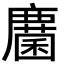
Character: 𢋵